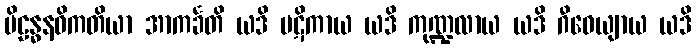
ပိဠန္ဓနဝိကတိယာ အာကင်္ခတိ ယဒိ ပဋိကာယ ယဒိ ကုဏ္ဍလာယ ယဒိ ဂီဝေယျာယ ယဒိ